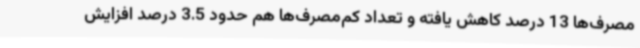
مصرف‌ها 13 درصد کاهش یافته و تعداد کم‌مصرف‌ها هم حدود 3.5 درصد افزایش